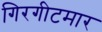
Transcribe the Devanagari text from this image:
गिरगीटमार